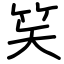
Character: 笶